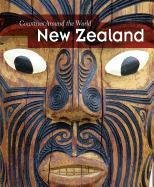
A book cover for New Zealand (Countries Around the World); Mary Colson; Children's Books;